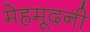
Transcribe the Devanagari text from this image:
मेहमूदनी